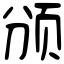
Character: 颁